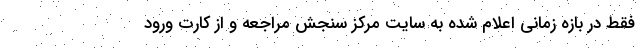
فقط در بازه زمانی اعلام شده به سایت مرکز سنجش مراجعه و از کارت ورود